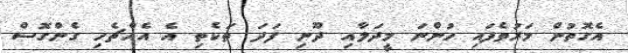
އެގޮތުން މަރުވެފައި ހުންނަ މީދަލާއި ދޫނި ފަދަ ތަކެތި އެ އެއްޗެހި ގެންގޮސް